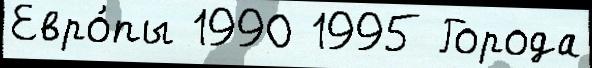
Евро́пы 1990 1995 Города